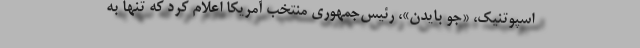
اسپوتنیک، «جو بایدن»، رئیس‌جمهوری منتخب آمریکا اعلام کرد که تنها به